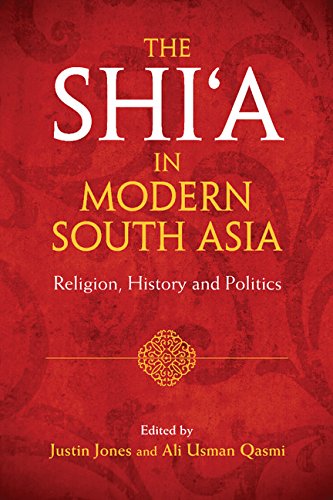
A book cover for The Shi'a in Modern South Asia: Religion, History and Politics; Religion & Spirituality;